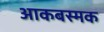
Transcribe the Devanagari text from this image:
आकबस्मक